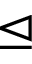
\trianglelefteq